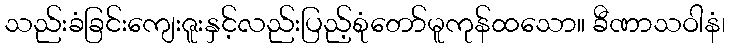
သည်းခံခြင်းကျေးဇူးနှင့်လည်းပြည့်စုံတော်မူကုန်ထသော။ ခီဏာသဝါနံ၊